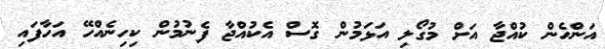
އަންހެން ކުއްޖާ އަށް މުގޯލި އަޅަމުން ގޮސް އެކުއްޖާ ފެނުމުން ކިހިނެއްހޭ އަހާފައި